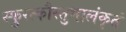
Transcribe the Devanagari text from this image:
स्फुरत्कौस्तुभालंकृतं